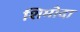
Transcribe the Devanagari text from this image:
शिमोदा